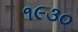
૧૯૩૦